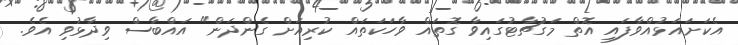
އެކަށައަޅުއްވާފައި އޮތް މަގުޗާޓުގައިވާ ގޮތައް ވާހަކަތައް ކުރިއަށް ގެންދަން" އައްބާސް ވިދާޅުވި އެވެ.